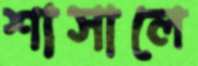
শাসালে